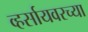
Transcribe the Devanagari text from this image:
व्हर्सायवरच्या